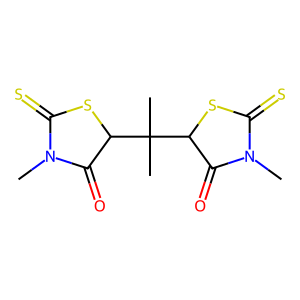
SMILES: CN1C(=O)C(C(C)(C)C2SC(=S)N(C)C2=O)SC1=S
Inhibits HIV replication: No